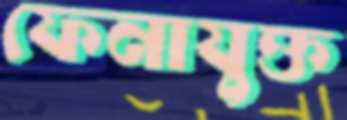
ফেনাযুক্ত